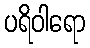
ပရိဝါရော